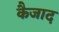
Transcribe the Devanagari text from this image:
कैजाद